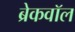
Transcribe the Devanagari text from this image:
ब्रेकवॉल